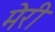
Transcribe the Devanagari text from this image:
मॆरी